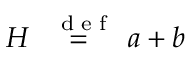
H \stackrel { \mathrm { ~ \tiny ~ { ~ d ~ e ~ f ~ } ~ } } { = } a + b